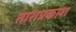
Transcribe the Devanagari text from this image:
ताराप्रकाश